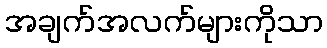
အချက်အလက်များကိုသာ